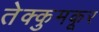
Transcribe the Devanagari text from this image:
तेक्कुमकूर